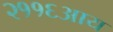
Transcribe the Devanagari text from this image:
२११६आय